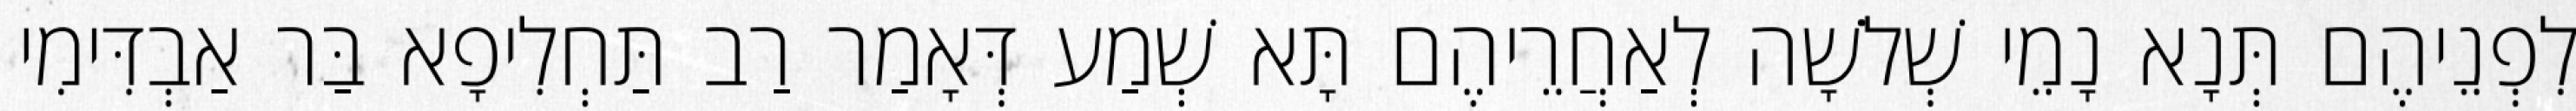
לִפְנֵיהֶם תְּנָא נָמֵי שְׁלֹשָׁה לְאַחֲרֵיהֶם תָּא שְׁמַע דְּאָמַר רַב תַּחְלִיפָא בַּר אַבְדִּימִי